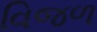
વિજળ